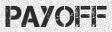
PAYOFF